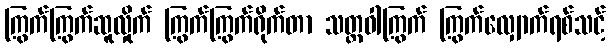
ကြွက်ကြွက်ဆူလှိုက် ကြွက်ကြွက်ရိုက်တာ သတ္တဝါကြွက် ကြွက်လျှောက်ရစ်သင့်